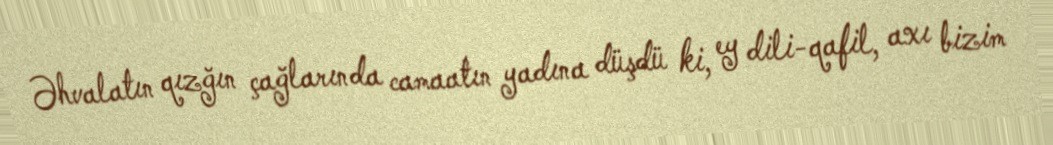
Əhvalatın qızğın çağlarında camaatın yadına düşdü ki, ey dili-qafil, axı bizim